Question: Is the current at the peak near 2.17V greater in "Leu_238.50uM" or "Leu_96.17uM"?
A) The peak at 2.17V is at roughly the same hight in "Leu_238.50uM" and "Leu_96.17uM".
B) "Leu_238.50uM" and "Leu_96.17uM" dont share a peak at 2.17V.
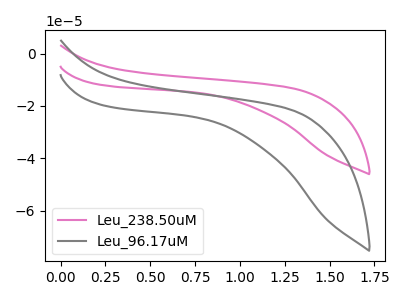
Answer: <think>The pink curve "Leu_238.50uM" has no peaks. The gray curve "Leu_96.17uM" has no peaks.</think>
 <answer>B) "Leu_238.50uM" and "Leu_96.17uM" dont share a peak at 2.17V.</answer>
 <eval>B</eval>